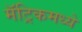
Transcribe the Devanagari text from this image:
मॅट्रिकमध्ये